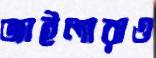
জাইলারাও